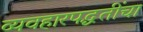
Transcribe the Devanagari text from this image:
व्यवहारपद्धतींचा